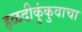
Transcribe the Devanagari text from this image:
हळदीकुंकुवाचा